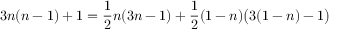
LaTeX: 3 n ( n - 1 ) + 1 = { \frac { 1 } { 2 } } n ( 3 n - 1 ) + { \frac { 1 } { 2 } } ( 1 - n ) { \bigl ( } 3 ( 1 - n ) - 1 { \bigr ) }